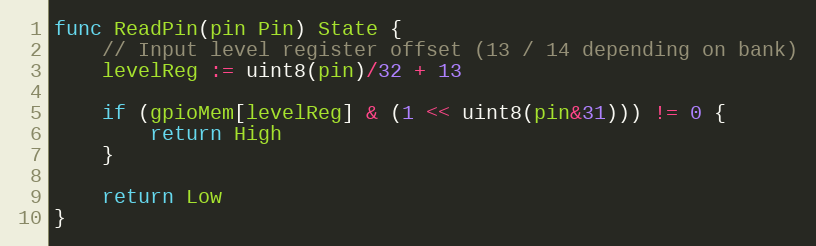
Language: Go
func ReadPin(pin Pin) State {
	// Input level register offset (13 / 14 depending on bank)
	levelReg := uint8(pin)/32 + 13

	if (gpioMem[levelReg] & (1 << uint8(pin&31))) != 0 {
		return High
	}

	return Low
}